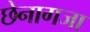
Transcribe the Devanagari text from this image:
छेनागजा